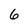
Character: 6